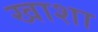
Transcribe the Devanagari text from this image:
खाशा